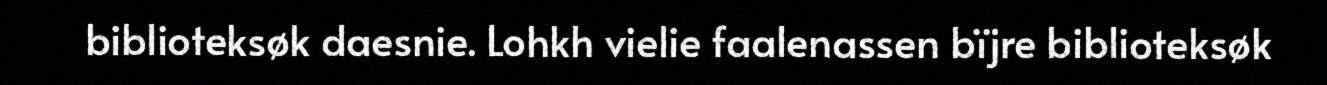
biblioteksøk daesnie. Lohkh vielie faalenassen bïjre biblioteksøk